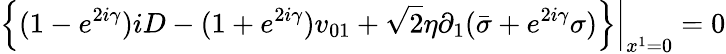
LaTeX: \left.\left\{ (1-e^{2i\gamma})iD-(1+e^{2i\gamma})v_{01}+{\sqrt 2}\eta\partial_{1}({\bar{\sigma}}+e^{2i\gamma}\sigma)\right\} \right|_{x^{1}=0}=0